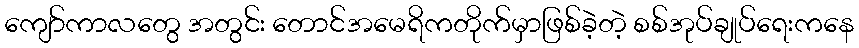
ကျော်ကာလတွေ အတွင်း တောင်အမေရိကတိုက်မှာဖြစ်ခဲ့တဲ့ စစ်အုပ်ချုပ်ရေးကနေ